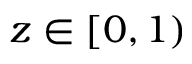
z \in [ 0 , 1 )